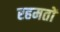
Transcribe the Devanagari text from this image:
रहमतों